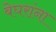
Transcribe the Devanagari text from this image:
बेघरांना